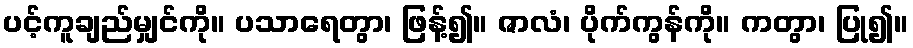
ပင့်ကူချည်မျှင်ကို။ ပသာရေတွာ၊ ဖြန့်၍။ ဇာလံ၊ ပိုက်ကွန်ကို။ ကတွာ၊ ပြု၍။